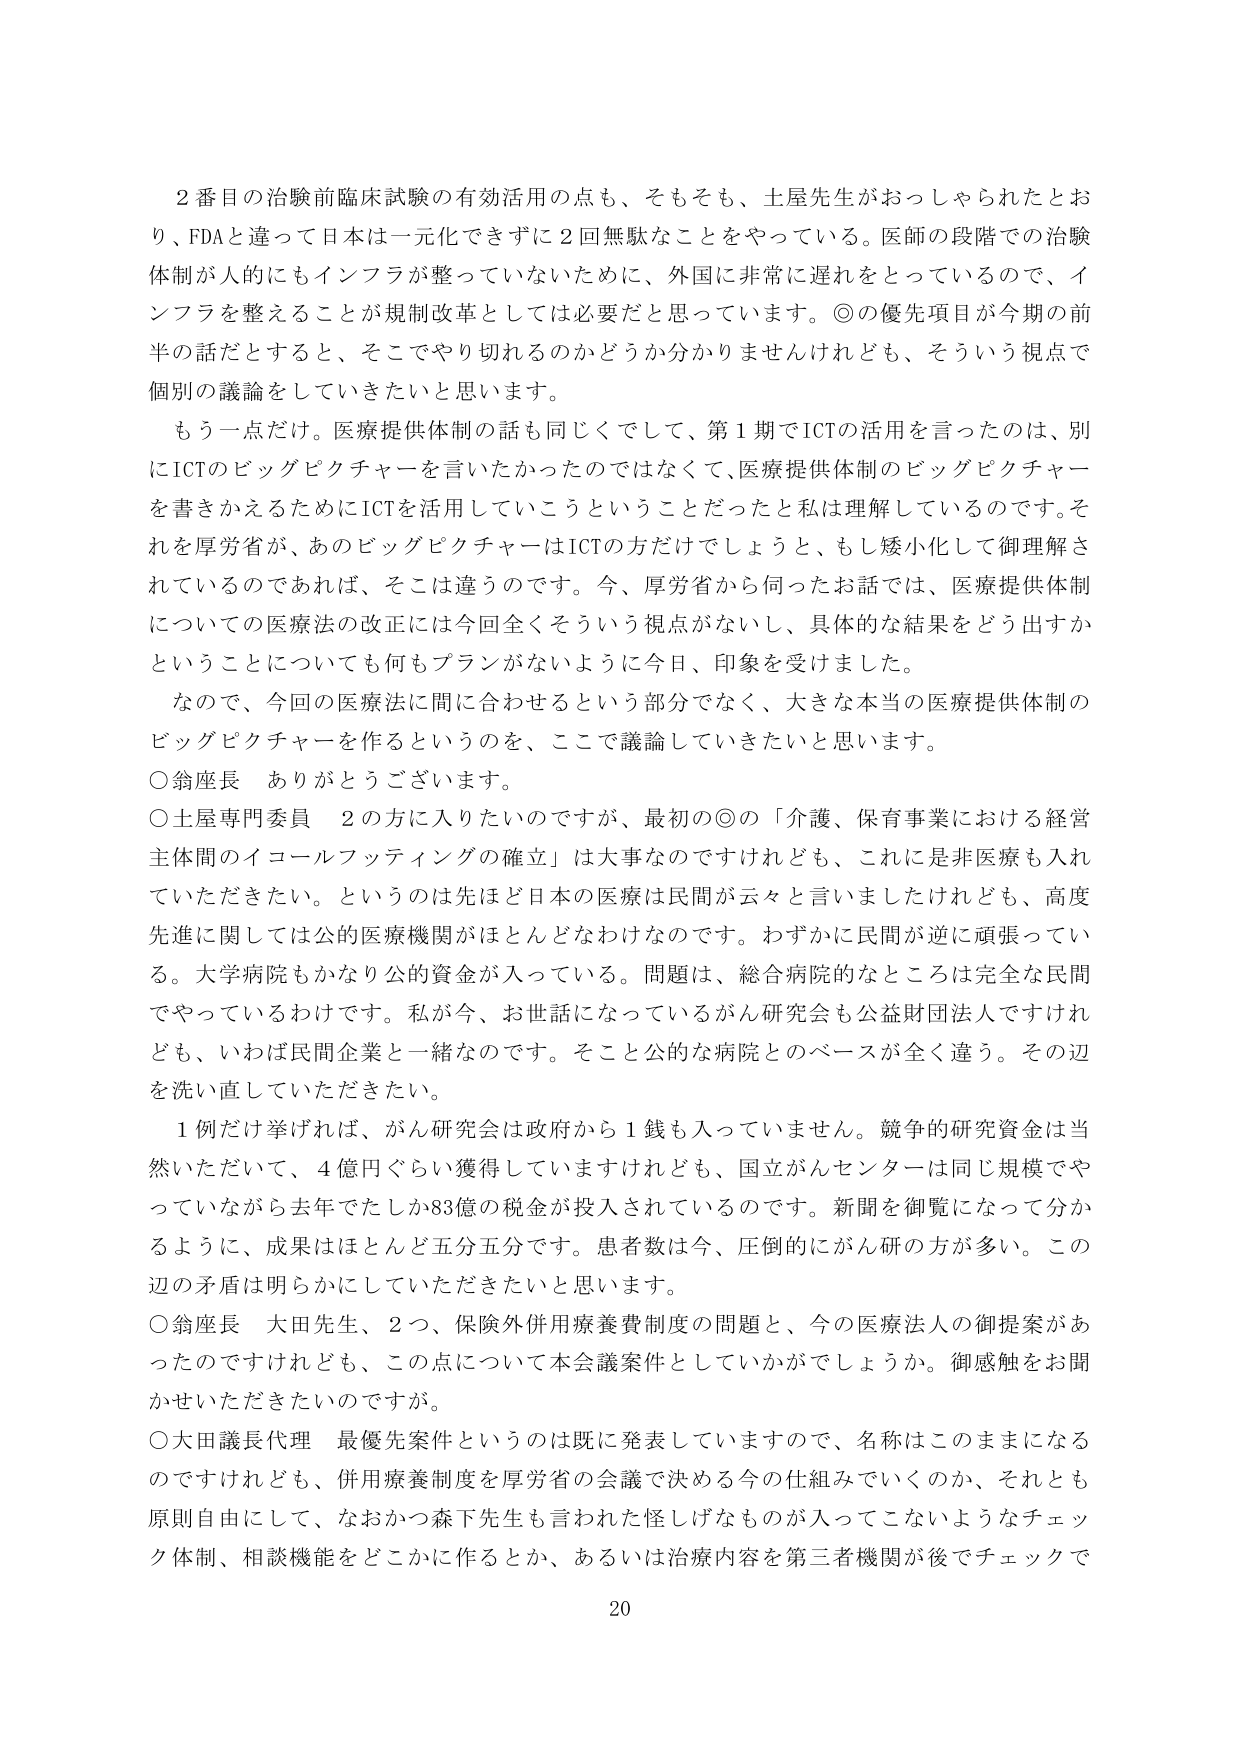
２番目の治験前臨床試験の有効活用の点も、そもそも、土屋先生がおっしゃられたとおり、FDAと違って日本は一元化できずに２回無駄なことをやっている。医師の段階での治験体制が人的にもインフラが整っていないために、外国に非常に遅れをとっているので、インフラを整えることが規制改革としては必要だと思っています。◎の優先項目が今期の前半の話だとすると、そこでやり切れるのかどうか分かりませんけれども、そういう視点で個別の議論をしていきたいと思います。

もう一点だけ。医療提供体制の話も同じくでして、第１期でICTの活用を言ったのは、別にICTのビッグピクチャーを言いたかったのではなくて、医療提供体制のビッグピクチャーを書きかえるためにICTを活用していこうということだったと私は理解しているのです。それを厚労省が、あのビッグピクチャーはICTの方だけでしょうと、もし矮小化して御理解されているのであれば、そこは違うのです。今、厚労省から伺ったお話では、医療提供体制についての医療法の改正には今回全くそういう視点がないし、具体的な結果をどう出すかということについても何もプランがないように今日、印象を受けました。

なので、今回の医療法に間に合わせるという部分でなく、大きな本当の医療提供体制のビッグピクチャーを作るというのを、ここで議論していきたいと思います。

○翁座長　ありがとうございます。

○土屋専門委員　２の方に入りたいのですが、最初の◎の「介護、保育事業における経営主体間のイコールフッティングの確立」は大事なのですが、これには非医療も入れていただきたい。というのは先ほど日本の医療は民間が云々と言いましたけれども、高度先進に関しては公的医療機関がほとんどなわけなのです。わずかに民間が逆に頑張っている。大学病院もかなり公的資金が入っている。問題は、総合病院的なところは完全な民間でやっているわけです。私が今、お話になっているがん研究会も公益財団法人ですけれども、いわば民間企業と一緒なのです。そこと公的な病院とのベースが全く違う。その辺を洗い直していただきたい。

１例だけ挙げれば、がん研究会は政府から１銭も入っていません。競争的研究資金は当然いただいて、４億円ぐらい獲得していますけれども、国立がんセンターは同じ規模でやっているながら去年でたしか83億の税金が投入されているのです。新聞を御覧になって分かるように、成果はほとんど五分五分です。患者数は今、圧倒的にがん研の方が多い。この辺の矛盾は明らかにしていただきたいと思います。

○翁座長　大田先生、２つ、保険外併用療養費制度の問題と、今の医療法人の御提案があったのですけれども、この点について本会議案件としていかがでしょうか。御感触をお聞かせいただきたいのですが。

○大田議長代理　最優先案件というのは既に発表していますので、名称はこのままになるのですけれども、併用療養制度を厚労省の会議で決める今の仕組みでいくのか、それとも原則自由にして、なおかつ森下先生も言われた怪しげなものが入ってこないようなチェック体制、相談機能をどこかに作るとか、あるいは治療内容を第三者機関が後でチェックで

20